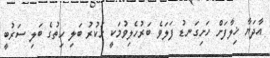
އާދަޔާ ޚިލާފަށް ހަށިގަނޑު ފަލަވެ ބަރުހެލިވުމަކީ ހަކުރު ބަލި ހިތުގެ ބަލި ސަރުބީ